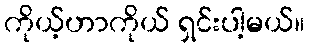
ကိုယ့်ဟာကိုယ် ရှင်းပါ့မယ်။